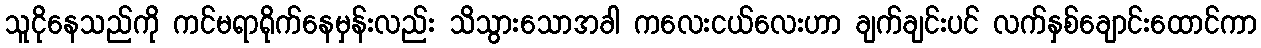
သူငိုနေသည်ကို ကင်မရာရိုက်နေမှန်းလည်း သိသွားသောအခါ ကလေးငယ်လေးဟာ ချက်ချင်းပင် လက်နှစ်ချောင်းထောင်ကာ